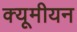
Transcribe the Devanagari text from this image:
क्यूमीयन